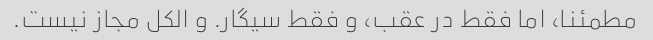
مطمئنا، اما فقط در عقب، و فقط سیگار. و الکل مجاز نیست.